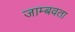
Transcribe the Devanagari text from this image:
जाम्बवता